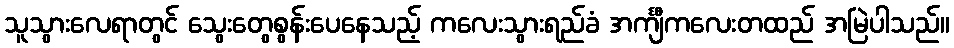
သူသွားလေရာတွင် သွေးတွေစွန်းပေနေသည့် ကလေးသွားရည်ခံ အင်္ကျီကလေးတထည် အမြဲပါသည်။